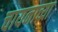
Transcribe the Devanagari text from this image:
चायनाच्या